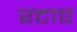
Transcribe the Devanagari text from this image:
रटाए